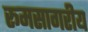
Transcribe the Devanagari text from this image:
रूमसागरीय